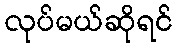
လုပ်မယ်ဆိုရင်